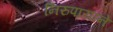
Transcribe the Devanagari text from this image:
निरुपायाने